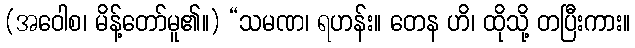
(အဝေါစ၊ မိန့်တော်မူ၏။) “သမဏ၊ ရဟန်း။ တေန ဟိ၊ ထိုသို့ တပြီးကား။